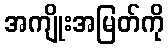
အကျိုးအမြတ်ကို